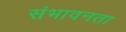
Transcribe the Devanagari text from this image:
संभावनता